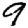
Digit: 9